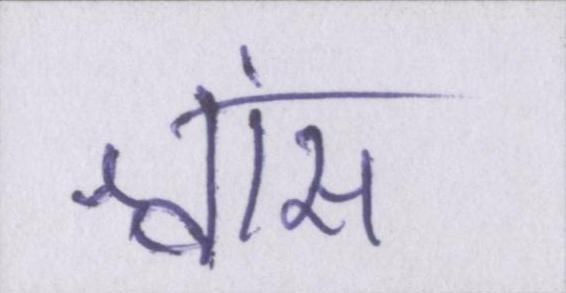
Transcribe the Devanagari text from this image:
श्वांस